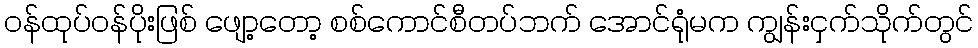
ဝန်ထုပ်ဝန်ပိုးဖြစ် ဖျော့တော့ စစ်ကောင်စီတပ်ဘက် အောင်ရုံမက ကျွန်းငှက်သိုက်တွင်